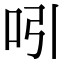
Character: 吲